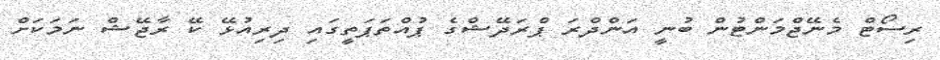
ރިސޯޓް މެނޭޖްމަންޓުން ބުނީ އަންދްރަ ޕްރަދޭޝްގެ ޕުއްތަޕަތީގައި ދިރިއުޅޭ ކޭ ރާޖޭޝް ނަމަކަށް